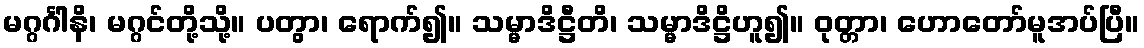
မဂ္ဂင်္ဂါနိ၊ မဂ္ဂင်တို့သို့။ ပတွာ၊ ရောက်၍။ သမ္မာဒိဋ္ဌီတိ၊ သမ္မာဒိဋ္ဌိဟူ၍။ ဝုတ္တာ၊ ဟောတော်မူအပ်ပြီ။